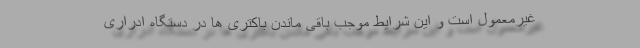
غیرمعمول است و این شرایط موجب باقی ماندن باکتری ها در دستگاه ادراری